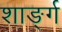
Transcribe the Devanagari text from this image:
शार्ङ्‍ग